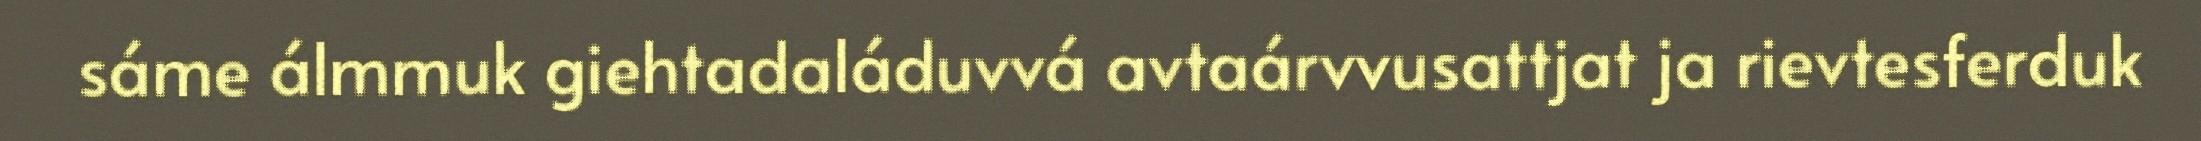
sáme álmmuk giehtadaláduvvá avtaárvvusattjat ja rievtesferduk